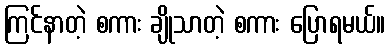
ကြင်နာတဲ့ စကား ချိုသာတဲ့ စကား ပြောရမယ်။